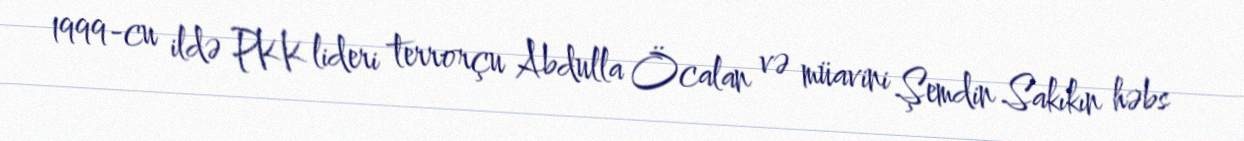
1999-cu ildə PKK lideri terrorçu Abdulla Öcalan və müavini Şemdin Sakıkın həbs